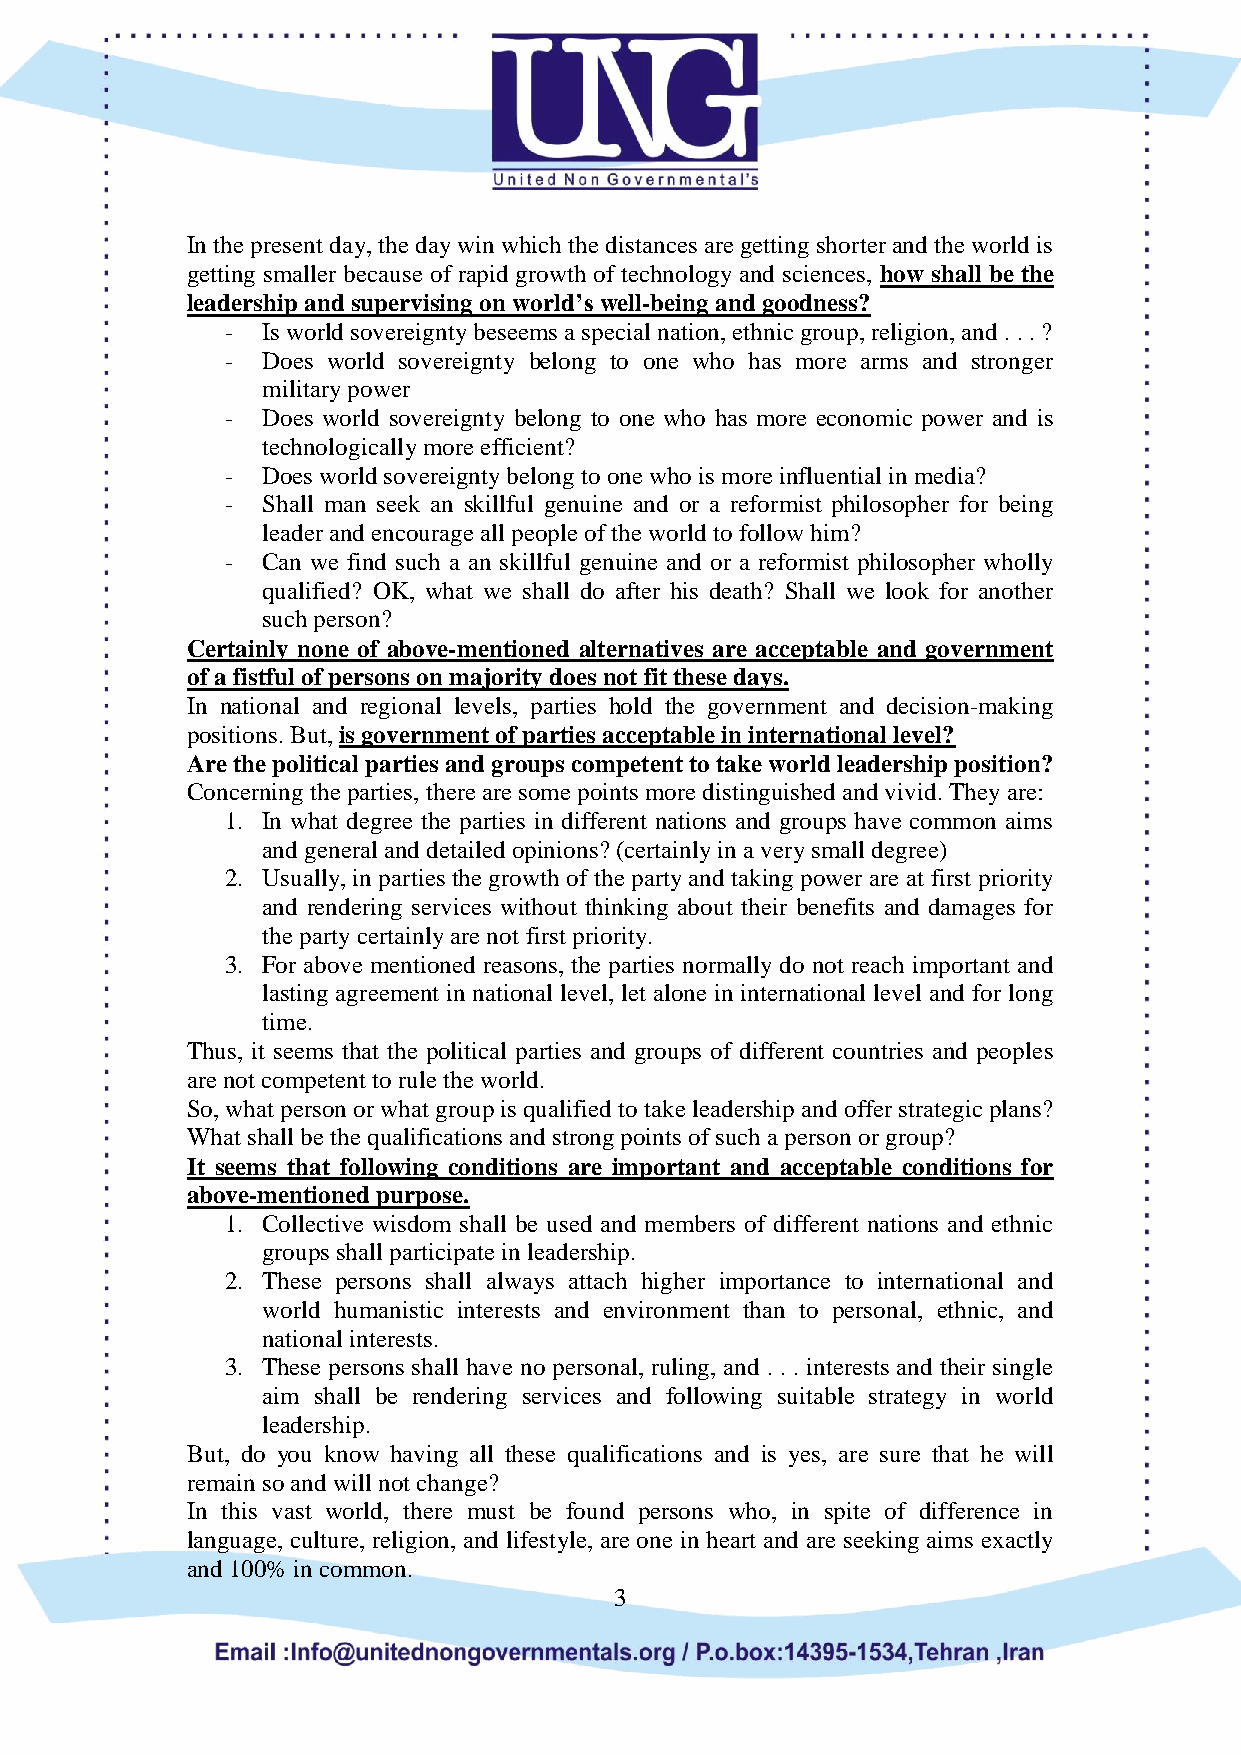
In the present day, the day win which the distances are getting shorter and the world is
 getting smaller because of rapid growth of technology and sciences, how shall be the
 leadership and supervising on world’s well-being and goodness?
 - Is world sovereignty beseems a special nation, ethnic group, religion, and . . . ?
 - Does world sovereignty belong to one who has more arms and stronger
 military power
 - Does world sovereignty belong to one who has more economic power and is
 technologically more efficient?
 - Does world sovereignty belong to one who is more influential in media?
 - Shall man seek an skillful genuine and or a reformist philosopher for being
 leader and encourage all people of the world to follow him?
 - Can we find such a an skillful genuine and or a reformist philosopher wholly
 qualified? OK, what we shall do after his death? Shall we look for another
 such person?
 Certainly none of above-mentioned alternatives are acceptable and government
 of a fistful of persons on majority does not fit these days.
 In national and regional levels, parties hold the government and decision-making
 positions. But,is government of parties acceptable in international level?
 Are the political parties and groups competent to take world leadership position?
 Concerning the parties, there are some points more distinguished and vivid. They are:
 1. In what degree the parties in different nations and groups have common aims
 and general and detailed opinions? (certainly in a very small degree)
 2. Usually, in parties the growth of the party and taking power are at first priority
 and rendering services without thinking about their benefits and damages for
 the party certainly are not first priority.
 3. For above mentioned reasons, the parties normally do not reach important and
 lasting agreement in national level, let alone in international level and for long
 time.
 Thus, it seems that the political parties and groups of different countries and peoples
 are not competent to rule the world.
 So, what person or what group is qualified to take leadership and offer strategic plans?
 What shall be the qualifications and strong points of such a person or group?
 It seems that following conditions are important and acceptable conditions for
 above-mentioned purpose.
 1. Collective wisdom shall be used and members of different nations and ethnic
 groups shall participate in leadership.
 2. These persons shall always attach higher importance to international and
 world humanistic interests and environment than to personal, ethnic, and
 national interests.
 3. These persons shall have no personal, ruling, and . . . interests and their single
 aim shall be rendering services and following suitable strategy in world
 leadership.
 But, do you know having all these qualifications and is yes, are sure that he will
 remain so and will not change?
 In this vast world, there must be found persons who, in spite of difference in
 language, culture, religion, and lifestyle, are one in heart and are seeking aims exactly
 and 100% in common.
 3